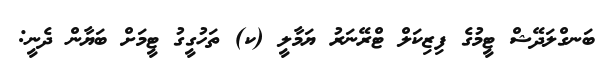
ބަނގްލަދޭޝް ޓީމުގެ ފިޒިކަލް ޓްރޭނަރު ޔަމާލީ (ކ) ތަހުގީގު ޓީމަށް ބަޔާން ދެނީ: